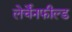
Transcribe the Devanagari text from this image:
लेर्चेंनफील्ड